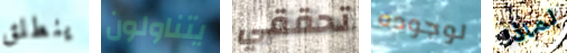
ينطلق يتناولون تحققي لوجوده لماذا